Civil Veterinary Dept. Bombay admin report 1923-31 - 1923-1931
Year: 1923
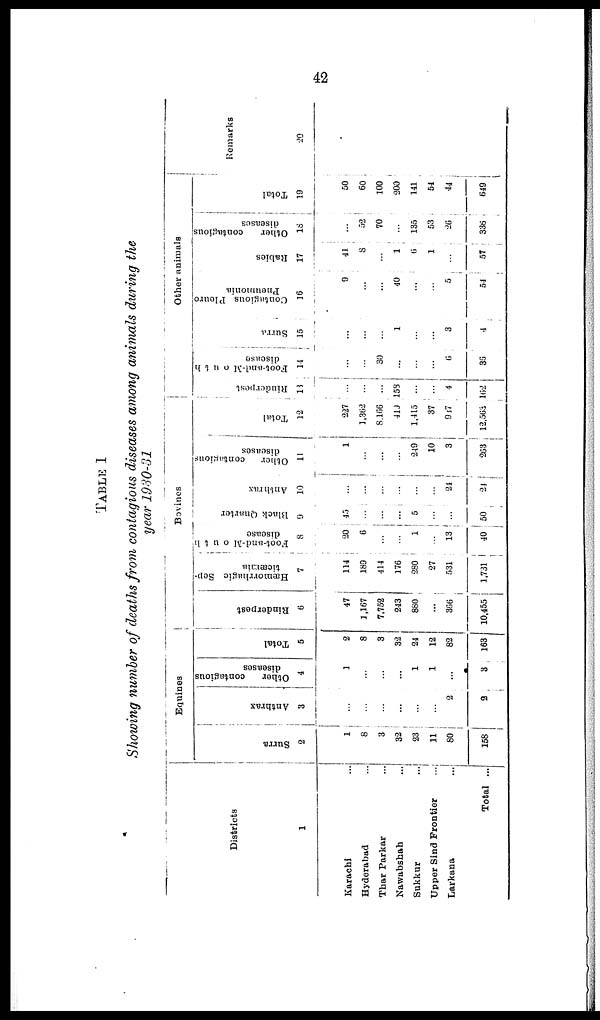
42
TABLE I
Showing number of deaths from contagious diseases among animals during the
year 1930-31
Districts
1
Karachi ...
Hyderabad ...
Thar Parkar ...
Nawabshah ...
Sukkur ...
Upper Sind Frontier
...
Larkana ...
Total ...
Equines
Surra
2
1
8
3
32
23
11
80
158
Anthrax
3
...
...
...
...
...
...
2
2
Other
contagious
diseases
4
1
...
...
...
1
1
...
3
Total
5
2
8
3
32
24
12
82
163
Bovines
Rinderpest
6
47
1,167
7,752
243
880
...
366
10,455
Hæmorrhagic Sep-
ticæmia
7
114
189
414
176
280
27
531
1,731
Foot-and-Mouth
disease
8
20
6
...
...
1
...
13
40
Black Quarter
9
45
...
...
...
5
...
...
50
Anthrax
10
...
...
...
...
...
...
24
24
Other
contagious
diseases
11
1
...
...
...
249
10
3
263
Total
12
227
1,362
8,166
410
1,445
37
917
12,563
Other animals
Rinderpest
13
...
...
...
158
...
..
4
162
Foot-and-Mouth
disease
14
...
...
30
...
...
...
6
36
Surra
15
...
...
...
1
...
...
3
4
Contagious Pleuro
Pneumonia
16
9
...
...
40
...
...
5
51
Rabies
17
41
8
...
1
6
1
...
57
Other
contagious
diseases
18
...
52
70
...
135
53
26
336
Total
19
50
60
100
200
141
54
44
649
Remarks
20